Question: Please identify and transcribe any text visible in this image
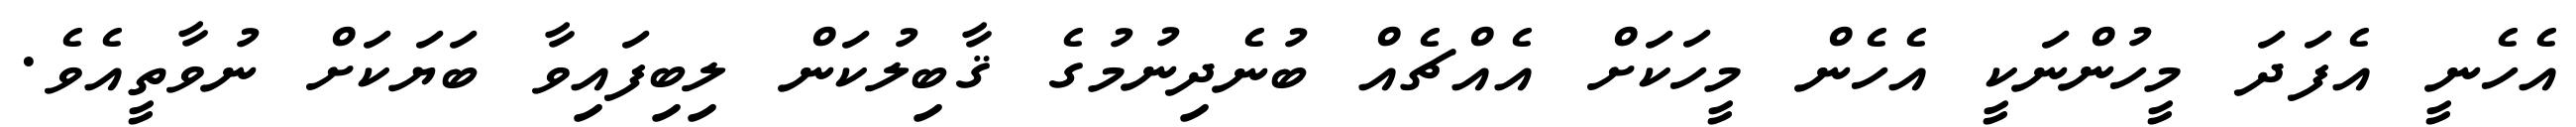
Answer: އެހެނީ އެފަދަ މީހުންނަކީ އެހެން މީހަކަށް އެއްޗެއް ބުނެދިނުމުގެ ޤާބިލުކަން ލިބިފައިވާ ބަޔަކަށް ނުވާތީއެވެ.